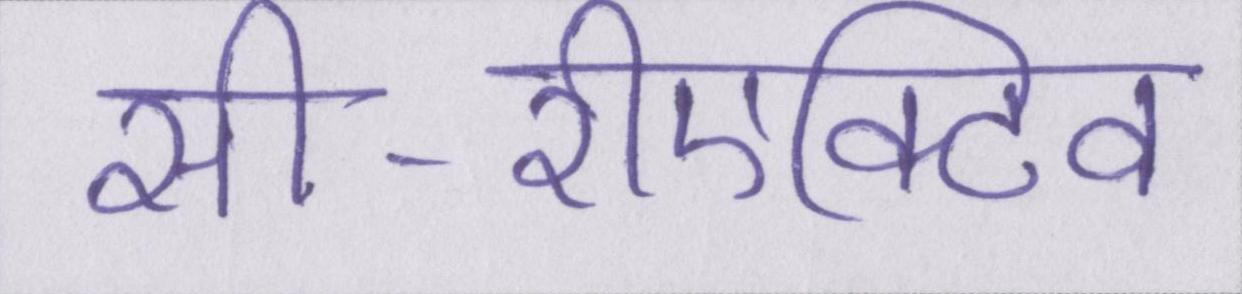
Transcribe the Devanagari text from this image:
सी-रीएक्टिव